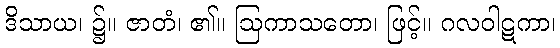
ဒိသာယ၊ ၌။ ဇာတံ၊ ၏။ ဩကာသတော၊ ဖြင့်။ ဂလဝါဋကာ၊